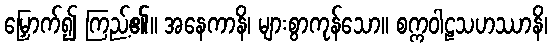
မြှောက်၍ ကြည့်၏။ အနေကာနိ၊ များစွာကုန်သော။ စက္ကဝါဠသဟဿာနိ၊